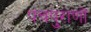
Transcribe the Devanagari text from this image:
पंचपुराणों